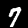
Digit: 7